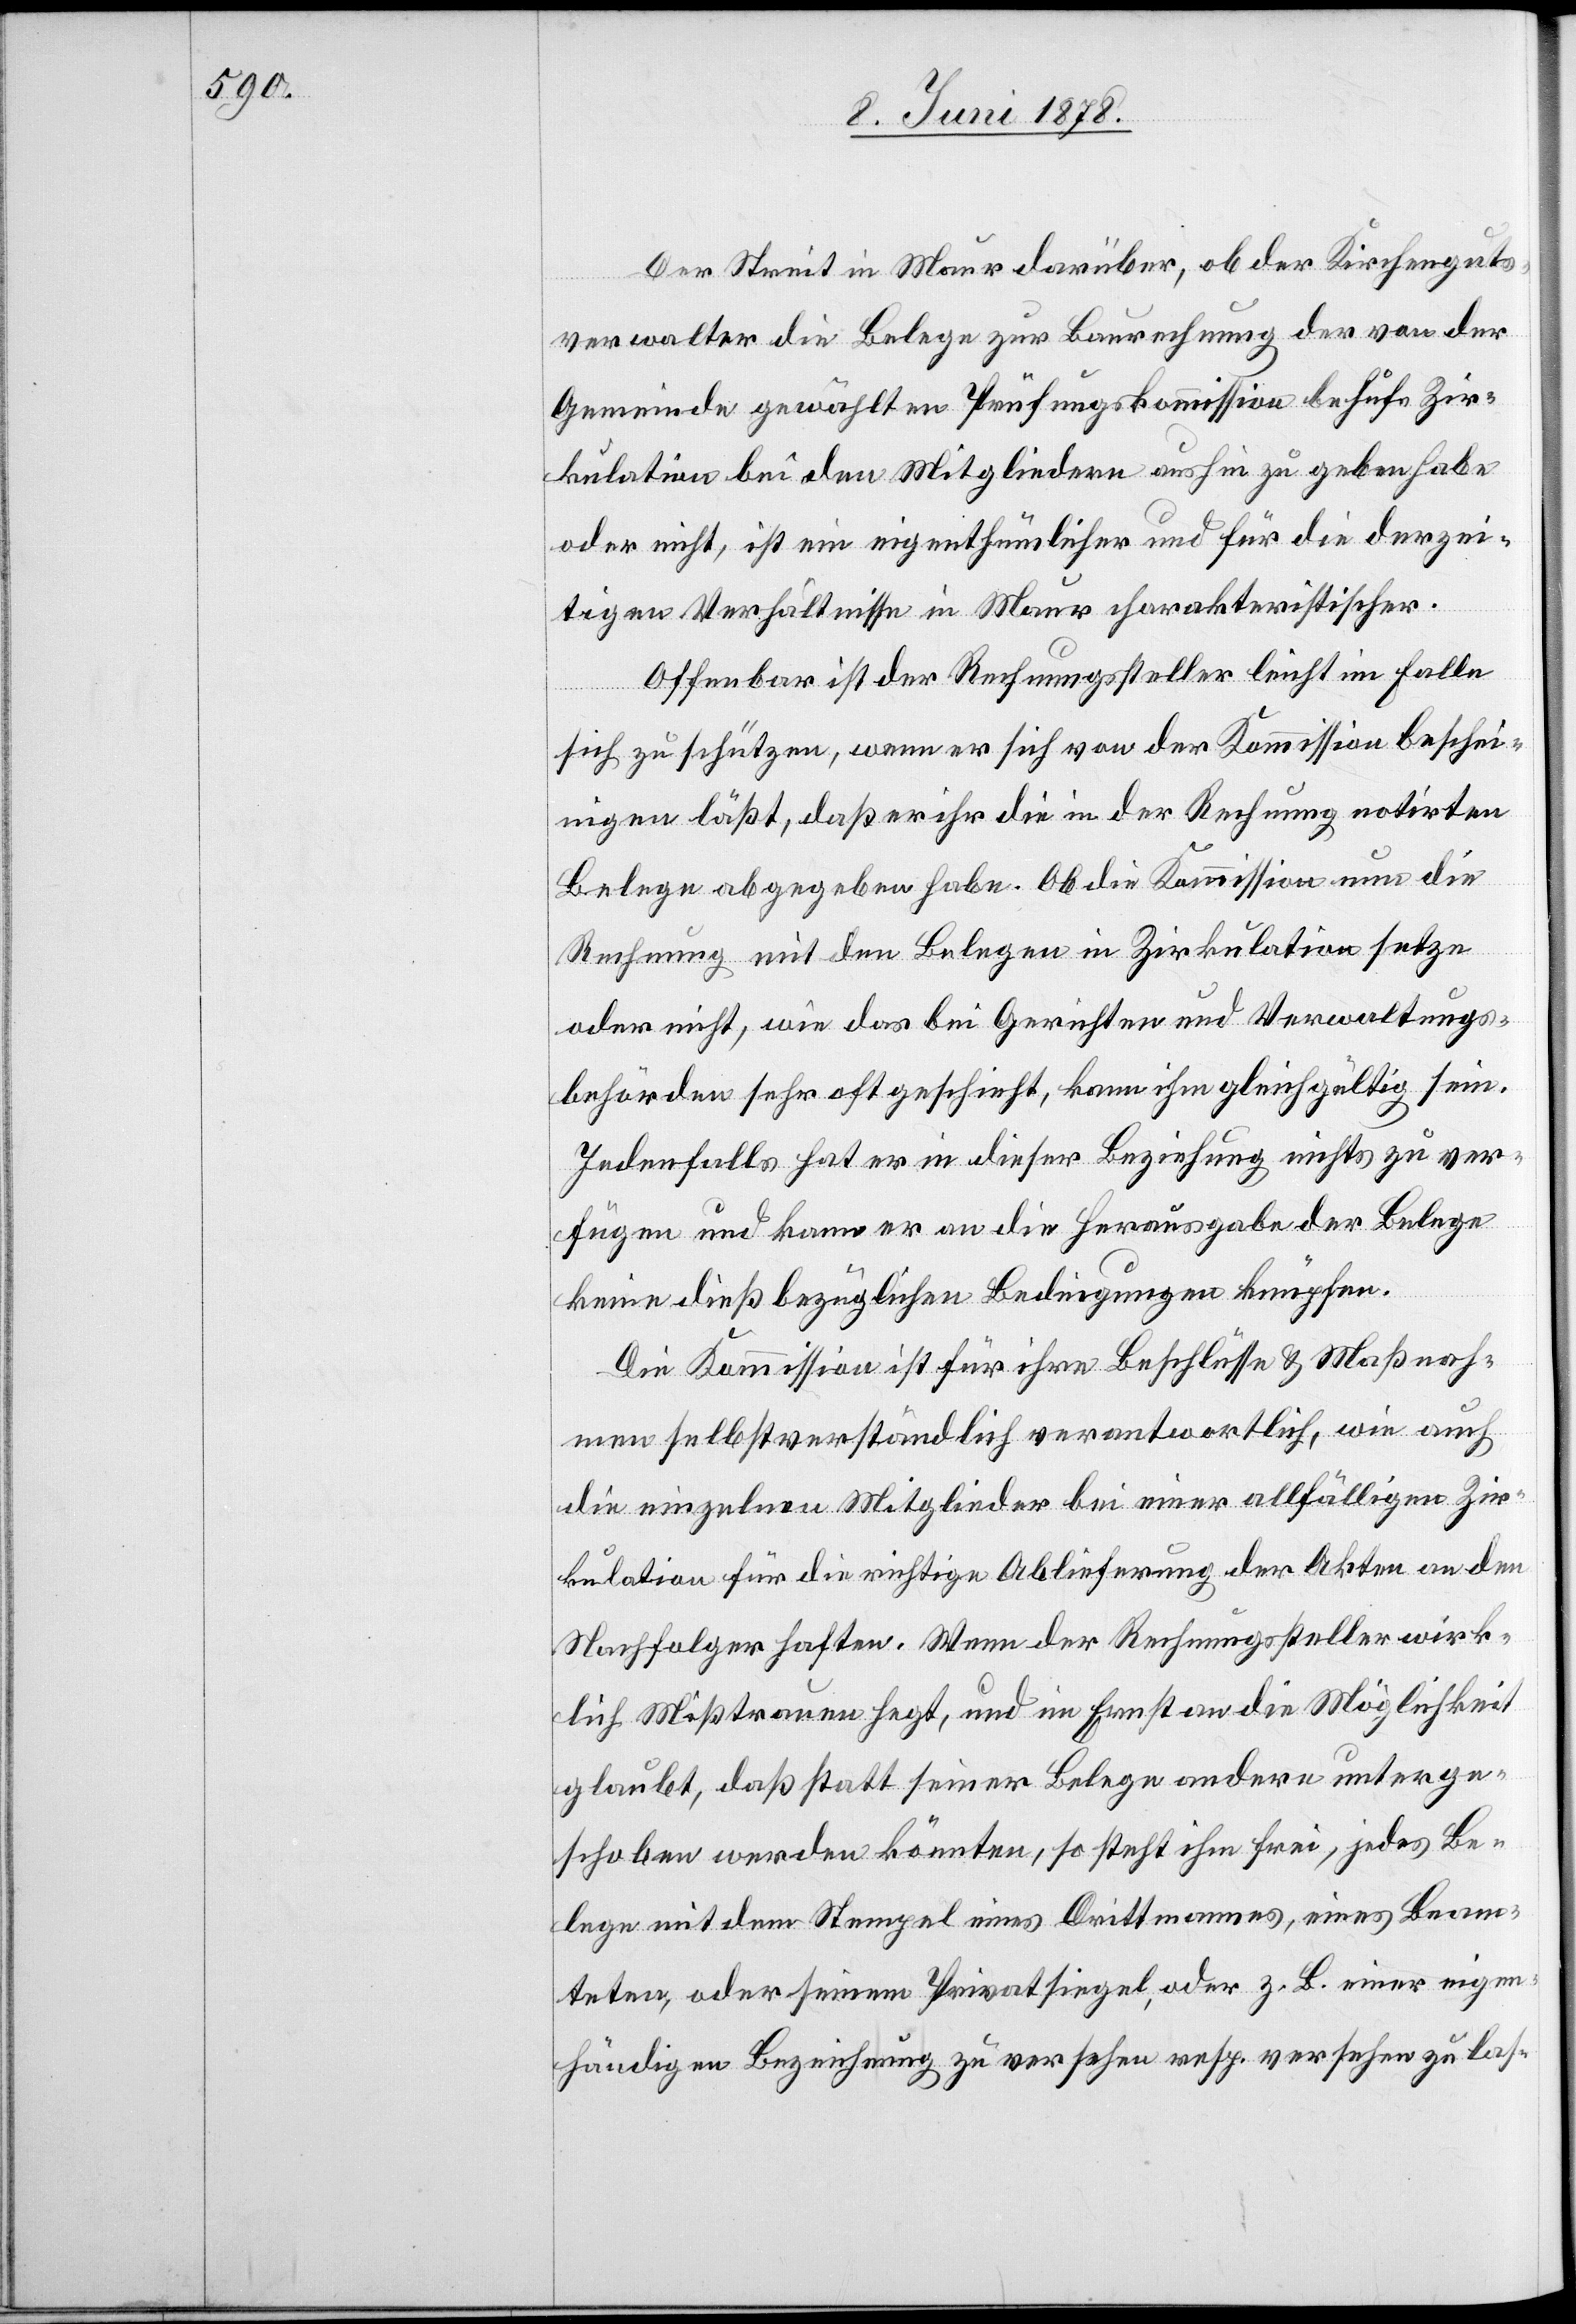
Der Streit in Maur darüber, ober der Kirchenguts¬
verwalter die Belege zur Baurechnung der von der
Gemeinde gewählten Prüfungskommission behufs Zir¬
kulation bei den Mitgliedern aushin zu geben habe
oder nicht, ist ein eigenthümlicher und für die derzei¬
tigen Verhältnisse in Maur charakteristischer.
Offenbar ist der Rechnungssteller leicht im Falle
sich zu schützen, wenn er sich von der Kommission beschei¬
nigen läßt, daß er ihr die in der Rechnung notirten
Belege abgegeben habe. Ob die Kommission nun die
Rechnung mit den Belegen in Zirkulation setze
oder nicht, wie das bei Gerichten und Verwaltungs¬
behörden sehr oft geschieht, kann ihm gleichgültig sein.
Jedenfalls hat er in dieser Beziehung nichts zu ver¬
fügen und kann er an die Herausgabe der Belege
keine dieß bezüglichen Bedingungen knüpfen.
Die Kommission ist für ihre Beschlüsse & Maßnah¬
men selbstverständlich verantwortlich, wie auch
die einzelnen Mitglieder bei einer allfälligen Zir¬
kulation für die richtige Ablieferung der Akten an den
Nachfolger haften. Wenn der Rechnungssteller wirk¬
lich Misstrauen hegt, und im Ernst an die Möglichkeit
glaubt, daß statt seiner Belege andere unterge¬
schoben werden könnten, so steht ihm frei, jedes Be¬
lege mit dem Stempel eines Drittmannes, eines Beam¬
teten, oder seinem Privatsiegel, oder z. B. einer eigen¬
händigen Bezeichnung zu versehen resp. versehen zu las-